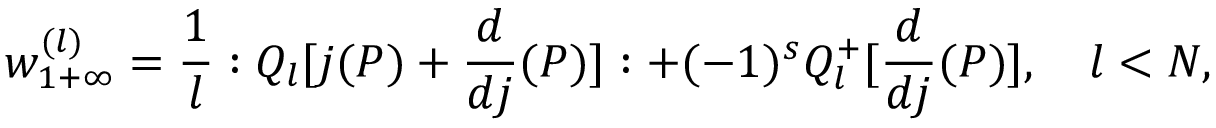
w _ { 1 + \infty } ^ { ( l ) } = \frac { 1 } { l } : Q _ { l } [ j ( P ) + \frac { d } { d j } ( P ) ] : + ( - 1 ) ^ { s } Q _ { l } ^ { + } [ \frac { d } { d j } ( P ) ] , \quad l < N ,